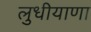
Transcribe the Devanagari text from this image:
लुधीयाणा